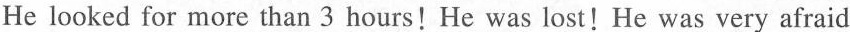
He looked for more than 3 hours!He was lost!He was very afraid